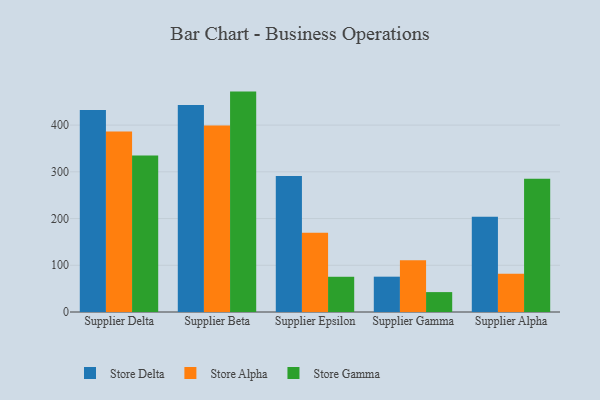
{"axis": {"x": "Supplier", "y": "Humidity (%)"}, "legend": ["Store Alpha", "Store Delta", "Store Gamma"], "data": [{"x": "Supplier Delta", "y": 432.3, "type": "Store Delta"}, {"x": "Supplier Delta", "y": 386.4, "type": "Store Alpha"}, {"x": "Supplier Delta", "y": 334.9, "type": "Store Gamma"}, {"x": "Supplier Beta", "y": 442.8, "type": "Store Delta"}, {"x": "Supplier Beta", "y": 399.0, "type": "Store Alpha"}, {"x": "Supplier Beta", "y": 471.7, "type": "Store Gamma"}, {"x": "Supplier Epsilon", "y": 290.9, "type": "Store Delta"}, {"x": "Supplier Epsilon", "y": 169.6, "type": "Store Alpha"}, {"x": "Supplier Epsilon", "y": 75.4, "type": "Store Gamma"}, {"x": "Supplier Gamma", "y": 75.6, "type": "Store Delta"}, {"x": "Supplier Gamma", "y": 110.7, "type": "Store Alpha"}, {"x": "Supplier Gamma", "y": 42.6, "type": "Store Gamma"}, {"x": "Supplier Alpha", "y": 203.9, "type": "Store Delta"}, {"x": "Supplier Alpha", "y": 81.6, "type": "Store Alpha"}, {"x": "Supplier Alpha", "y": 285.2, "type": "Store Gamma"}]}